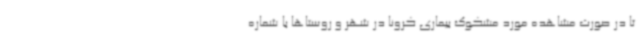
تا در صورت مشاهده مورد مشکوک بیماری کرونا در شهر و روستاها با شماره